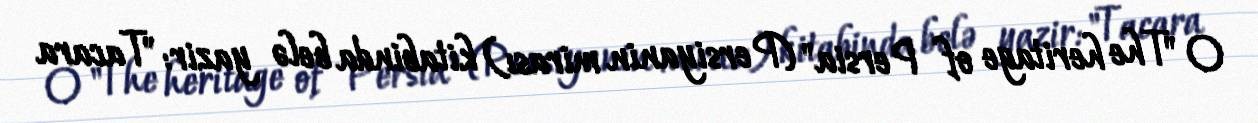
O "The heritage of Persia" (Persiyanin mirası) kitabinda belə yazir: "Tacara